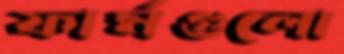
ফার্মগুলো